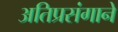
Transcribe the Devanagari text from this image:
अतिप्रसंगाने